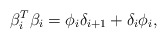
\begin{align*}\beta^{T}_i\beta_{i}=\phi_{i}\delta_{i+1}+\delta_{i}\phi_i,\end{align*}